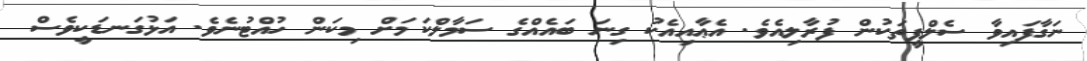
ނަގާފައިވާ ސެލްފީތަކުން ފުރާލިއެވެ. އެޢާއިއެކު ގިނަ ބައެއްގެ ސަމާލްކަމަށް މިކަން ހުއްޓުނެވެ. އަޅުގަނޑަކީވެސް